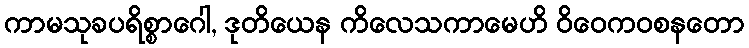
ကာမသုခပရိစ္စာဂေါ, ဒုတိယေန ကိလေသကာမေဟိ ဝိဝေကဝစနတော